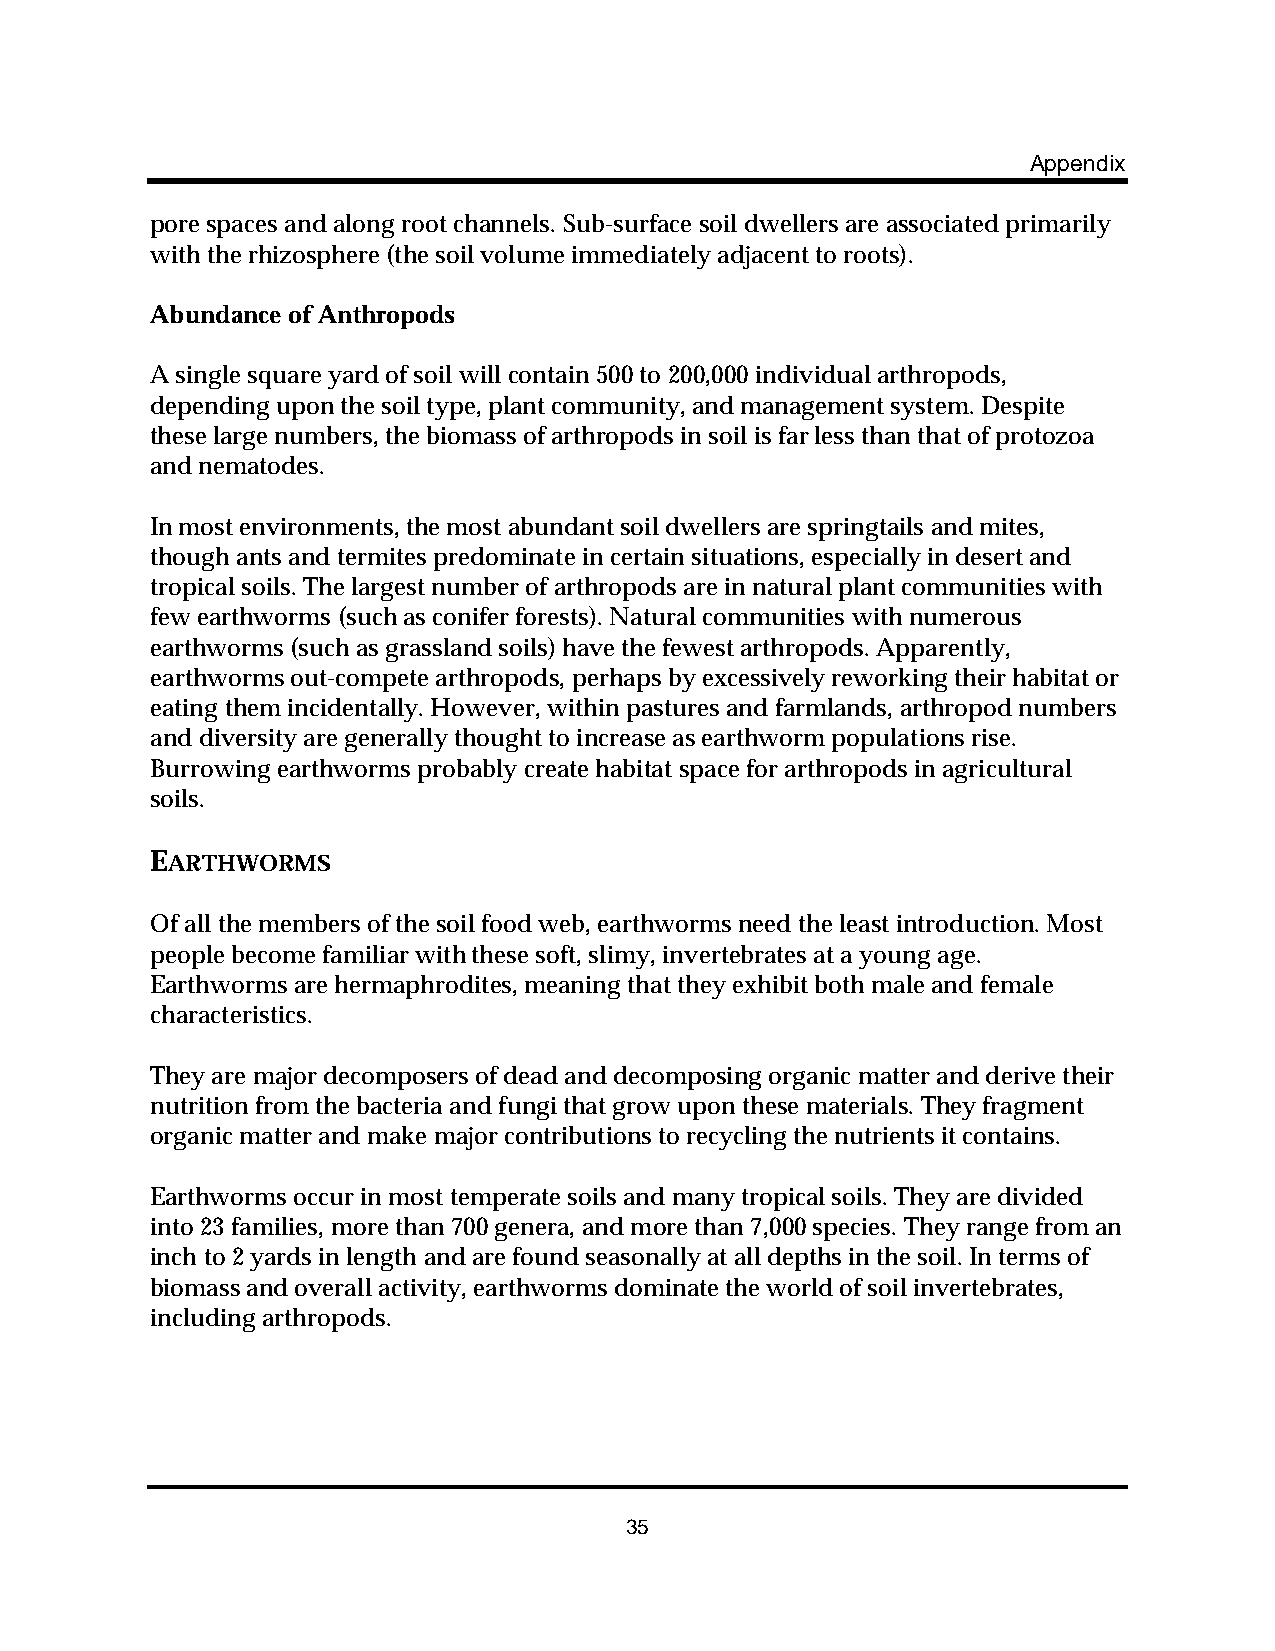
Appendix
 pore spaces and along root channels. Sub-surface soil dwellers are associated primarily
 with the rhizosphere (the soil volume immediately adjacent to roots).
 Abundance of Anthropods
 A single square yard of soil will contain 500 to 200,000 individual arthropods,
 depending upon the soil type, plant community, and management system. Despite
 these large numbers, the biomass of arthropods in soil is far less than that of protozoa
 and nematodes.
 In most environments, the most abundant soil dwellers are springtails and mites,
 though ants and termites predominate in certain situations, especially in desert and
 tropical soils. The largest number of arthropods are in natural plant communities with
 few earthworms (such as conifer forests). Natural communities with numerous
 earthworms (such as grassland soils) have the fewest arthropods. Apparently,
 earthworms out-compete arthropods, perhaps by excessively reworking their habitat or
 eating them incidentally. However, within pastures and farmlands, arthropod numbers
 and diversity are generally thought to increase as earthworm populations rise.
 Burrowing earthworms probably create habitat space for arthropods in agricultural
 soils.
 EARTHWORMS
 Of all the members of the soil food web, earthworms need the least introduction. Most
 people become familiar with these soft, slimy, invertebrates at a young age.
 Earthworms are hermaphrodites, meaning that they exhibit both male and female
 characteristics.
 They are major decomposers of dead and decomposing organic matter and derive their
 nutrition from the bacteria and fungi that grow upon these materials. They fragment
 organic matter and make major contributions to recycling the nutrients it contains.
 Earthworms occur in most temperate soils and many tropical soils. They are divided
 into 23 families, more than 700 genera, and more than 7,000 species. They range from an
 inch to 2 yards in length and are found seasonally at all depths in the soil. In terms of
 biomass and overall activity, earthworms dominate the world of soil invertebrates,
 including arthropods.
 35